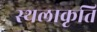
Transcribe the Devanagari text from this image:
स्‍थलाकृति